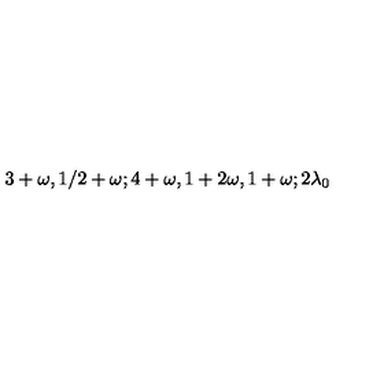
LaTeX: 3 + \omega , 1 / 2 + \omega ; 4 + \omega , 1 + 2 \omega , 1 + \omega ; 2 \lambda _ { 0 }